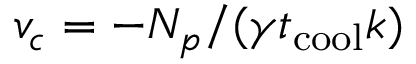
v _ { c } = - N _ { p } / ( \gamma t _ { \mathrm { c o o l } } k )